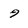
Character: 9